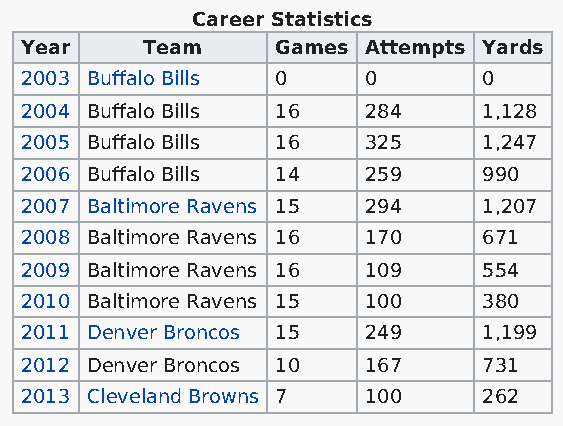
Career Statistics
 Year    Team     Games Attempts Yards
 2003 Buffalo Bills 0   0       0
 2004 Buffalo Bills 16  284     1,128
 2005 Buffalo Bills 16  325     1,247
 2006 Buffalo Bills 14  259     990
 2007 Baltimore Ravens 15 294   1,207
 2008 Baltimore Ravens 16 170   671
 2009 Baltimore Ravens 16 109   554
 2010 Baltimore Ravens 15 100   380
 2011 Denver Broncos 15 249     1,199
 2012 Denver Broncos 10 167     731
 2013 Cleveland Browns 7 100    262